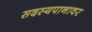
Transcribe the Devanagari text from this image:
सदस्यपानावर